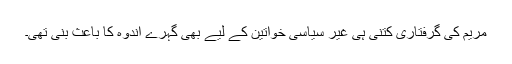
مریم کی گرفتاری کتنی ہی غیر سیاسی خواتین کے لیے بھی گہرے اندوہ کا باعث بنی تھی۔